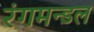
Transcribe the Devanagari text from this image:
रंगमन्डल